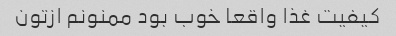
کیفیت غذا واقعا خوب بود ممنونم ازتون